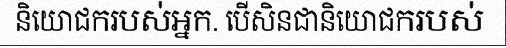
និយោជករបស់អ្នក. បើសិនជានិយោជករបស់